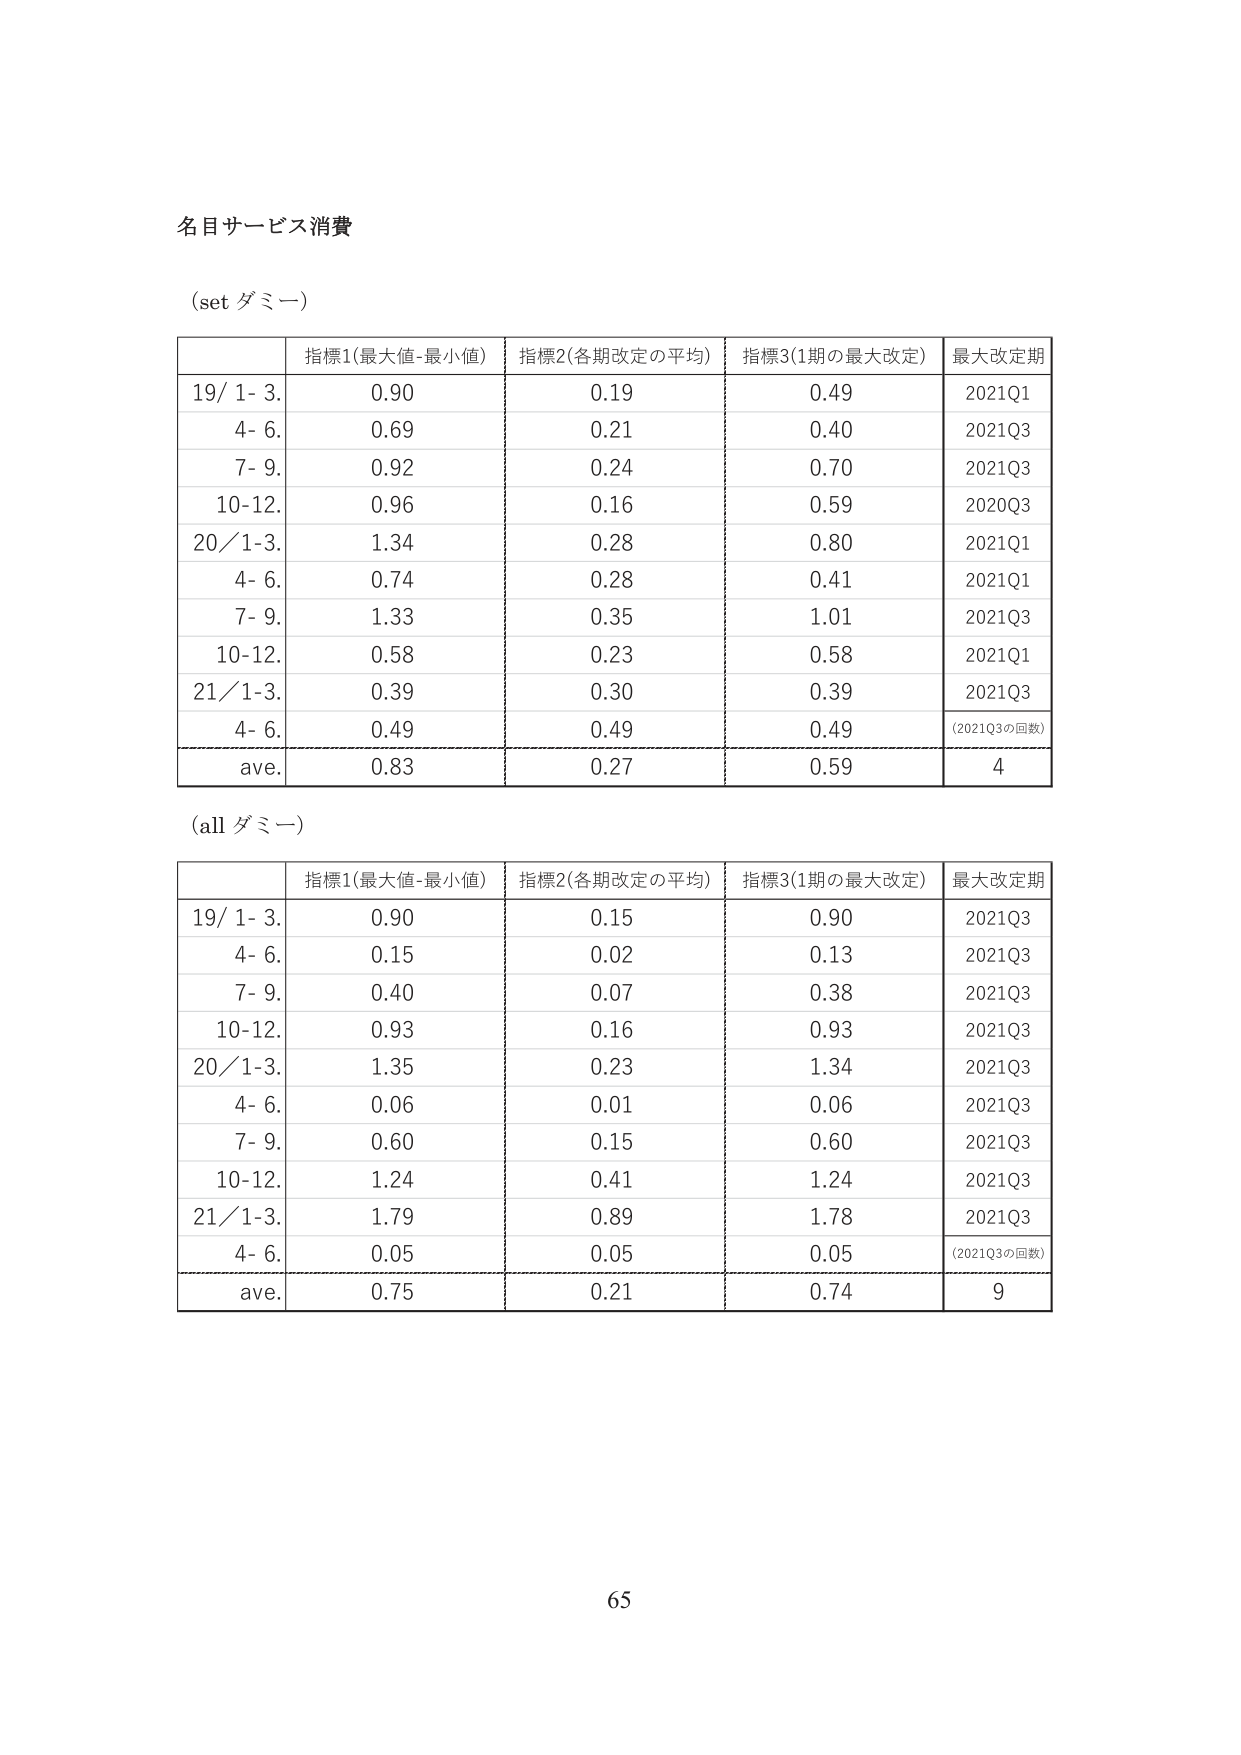
名目サービス消費

(set ダミー)

指標1(最大値-最小値) 指標2(各期改定の平均) 指標3(1期の最大改定) 最大改定期
19/ 1- 3. 0.90 0.19 0.49 2021Q1
4- 6. 0.69 0.21 0.40 2021Q3
7- 9. 0.92 0.24 0.70 2021Q3
10-12. 0.96 0.16 0.59 2020Q3
20/1-3. 1.34 0.28 0.80 2021Q1
4- 6. 0.74 0.28 0.41 2021Q1
7- 9. 1.33 0.35 1.01 2021Q3
10-12. 0.58 0.23 0.58 2021Q1
21/1-3. 0.39 0.30 0.39 2021Q3
4- 6. 0.49 0.49 0.49 (2021Q3の回数)
ave. 0.83 0.27 0.59 4

(all ダミー)

指標1(最大値-最小値) 指標2(各期改定の平均) 指標3(1期の最大改定) 最大改定期
19/ 1- 3. 0.90 0.15 0.90 2021Q3
4- 6. 0.15 0.02 0.13 2021Q3
7- 9. 0.40 0.07 0.38 2021Q3
10-12. 0.93 0.16 0.93 2021Q3
20/1-3. 1.35 0.23 1.34 2021Q3
4- 6. 0.06 0.01 0.06 2021Q3
7- 9. 0.60 0.15 0.60 2021Q3
10-12. 1.24 0.41 1.24 2021Q3
21/1-3. 1.79 0.89 1.78 2021Q3
4- 6. 0.05 0.05 0.05 (2021Q3の回数)
ave. 0.75 0.21 0.74 9

65